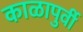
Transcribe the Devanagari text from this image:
काळापुर्वी